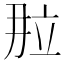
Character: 𬔙